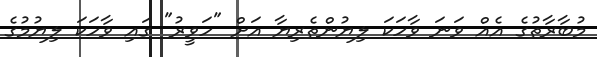
މުބާރާތުގެ އެއް ވަނަ ވާހަކަ ލިޔުންތެރިޔާ އަށް "ހަވީރު" ގައި ވާހަކަ ލިޔުމުގެ